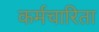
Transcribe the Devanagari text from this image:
कर्मचारिता